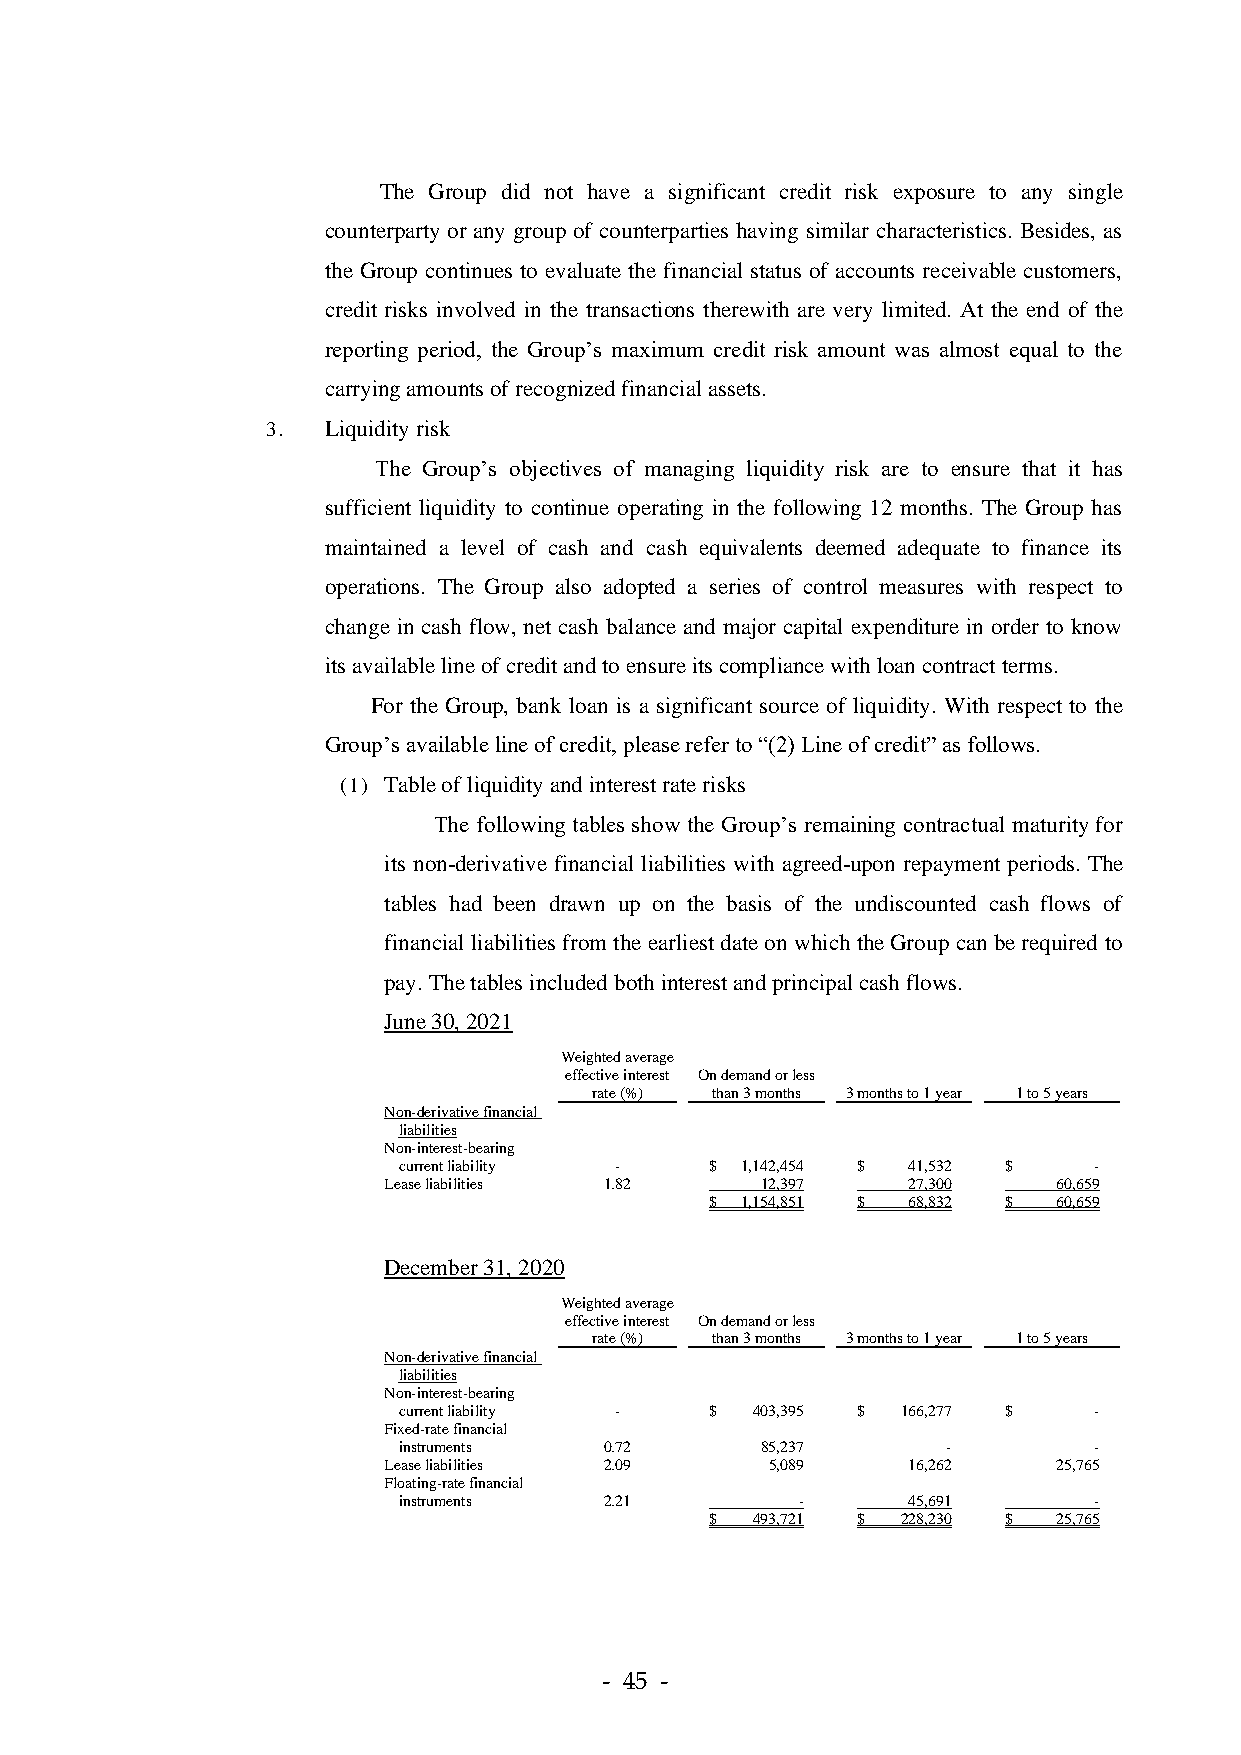
The Group did not have a significant credit risk exposure to any single
 counterparty or any group of counterparties having similar characteristics. Besides, as
 the Group continues to evaluate the financial status of accounts receivable customers,
 credit risks involved in the transactions therewith are very limited. At the end of the
 reporting period, the Group’s maximum credit risk amount was almost equal to the
 carrying amounts of recognized financial assets.
 3.  Liquidity risk
 The Group’s objectives of managing liquidity risk are to ensure that it has
 sufficient liquidity to continue operating in the following 12 months. The Group has
 maintained a level of cash and cash equivalents deemed adequate to finance its
 operations. The Group also adopted a series of control measures with respect to
 change in cash flow, net cash balance and major capital expenditure in order to know
 its available line of credit and to ensure its compliance with loan contract terms.
 For the Group, bank loan is a significant source of liquidity. With respect to the
 Group’s available line of credit, please refer to “(2) Line of credit” as follows.
 (1) Table of liquidity and interest rate risks
 The following tables show the Group’s remaining contractual maturity for
 its non-derivative financial liabilities with agreed-upon repayment periods. The
 tables had been drawn up on the basis of the undiscounted cash flows of
 financial liabilities from the earliest date on which the Group can be required to
 pay. The tables included both interest and principal cash flows.
 June 30, 2021
 Weighted average
 effective interest On demand or less
 rate (%) than 3 months 3 months to 1 year 1 to 5 years
 Non-derivative financial
 liabilities
 Non-interest-bearing
 current liability -  $ 1,142,454 $ 41,532 $   -
 Lease liabilities 1.82   12,397    27,300    60,659
 $ 1,154,851 $ 68,832 $ 60,659
 December 31, 2020
 Weighted average
 effective interest On demand or less
 rate (%) than 3 months 3 months to 1 year 1 to 5 years
 Non-derivative financial
 liabilities
 Non-interest-bearing
 current liability -  $  403,395 $ 166,277 $   -
 Fixed-rate financial
 instruments   0.72      85,237       -        -
 Lease liabilities 2.09    5,089    16,262    25,765
 Floating-rate financial
 instruments   2.21         -      45,691      -
 $  493,721 $ 228,230 $ 25,765
 - 45 -